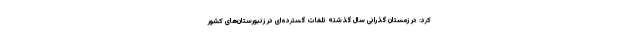
کرد: در زمستان گذرانی سال گذشته تلفات گسترده‌ای در زنبورستان‌های کشور